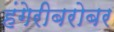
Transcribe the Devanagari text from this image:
हंगेरीबरोबर